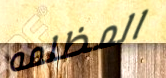
المظلمه